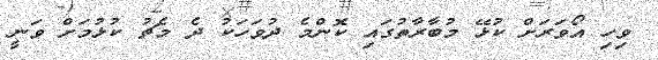
ވިހި އޯވަރަށް ކުޅޭ މުބާރާތުގައި ކޮންމެ ދުވަހަކު ދެ މެޗު ކުޅުމަށް ވަނީ